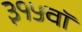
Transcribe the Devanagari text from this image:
३१५वॉ